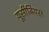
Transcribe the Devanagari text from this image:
यूसीबियस